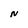
Character: N